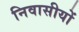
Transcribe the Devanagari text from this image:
निवासीयों